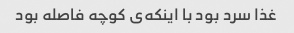
غذا سرد بود با اینکه‌ی کوچه فاصله بود